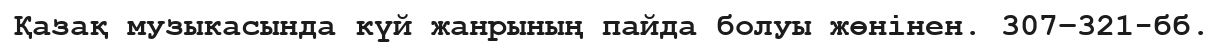
Қазақ музыкасында күй жанрының пайда болуы жөнінен. 307−321-бб.